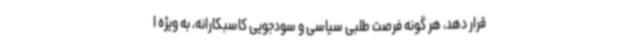
قرار دهد، هر گونه فرصت طلبی سیاسی و سودجویی کاسبکارانه، به ویژه ا